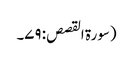
(سورۃ القصص: ۷۹۔